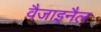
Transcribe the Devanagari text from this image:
वैजाइनैल